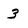
Character: 3